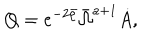
LaTeX: Q = e ^ { - 2 \bar { \rho } } \bar { \Omega } ^ { a + 1 } \dot { A } ,